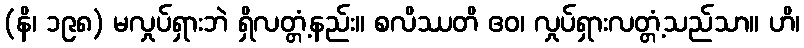
(နိ၊ ၁၉၈) မလှုပ်ရှားဘဲ ရှိလတ္တံ့နည်း။ စလိဿတိ ဧဝ၊ လှုပ်ရှားလတ္တံ့သည်သာ။ ဟိ၊